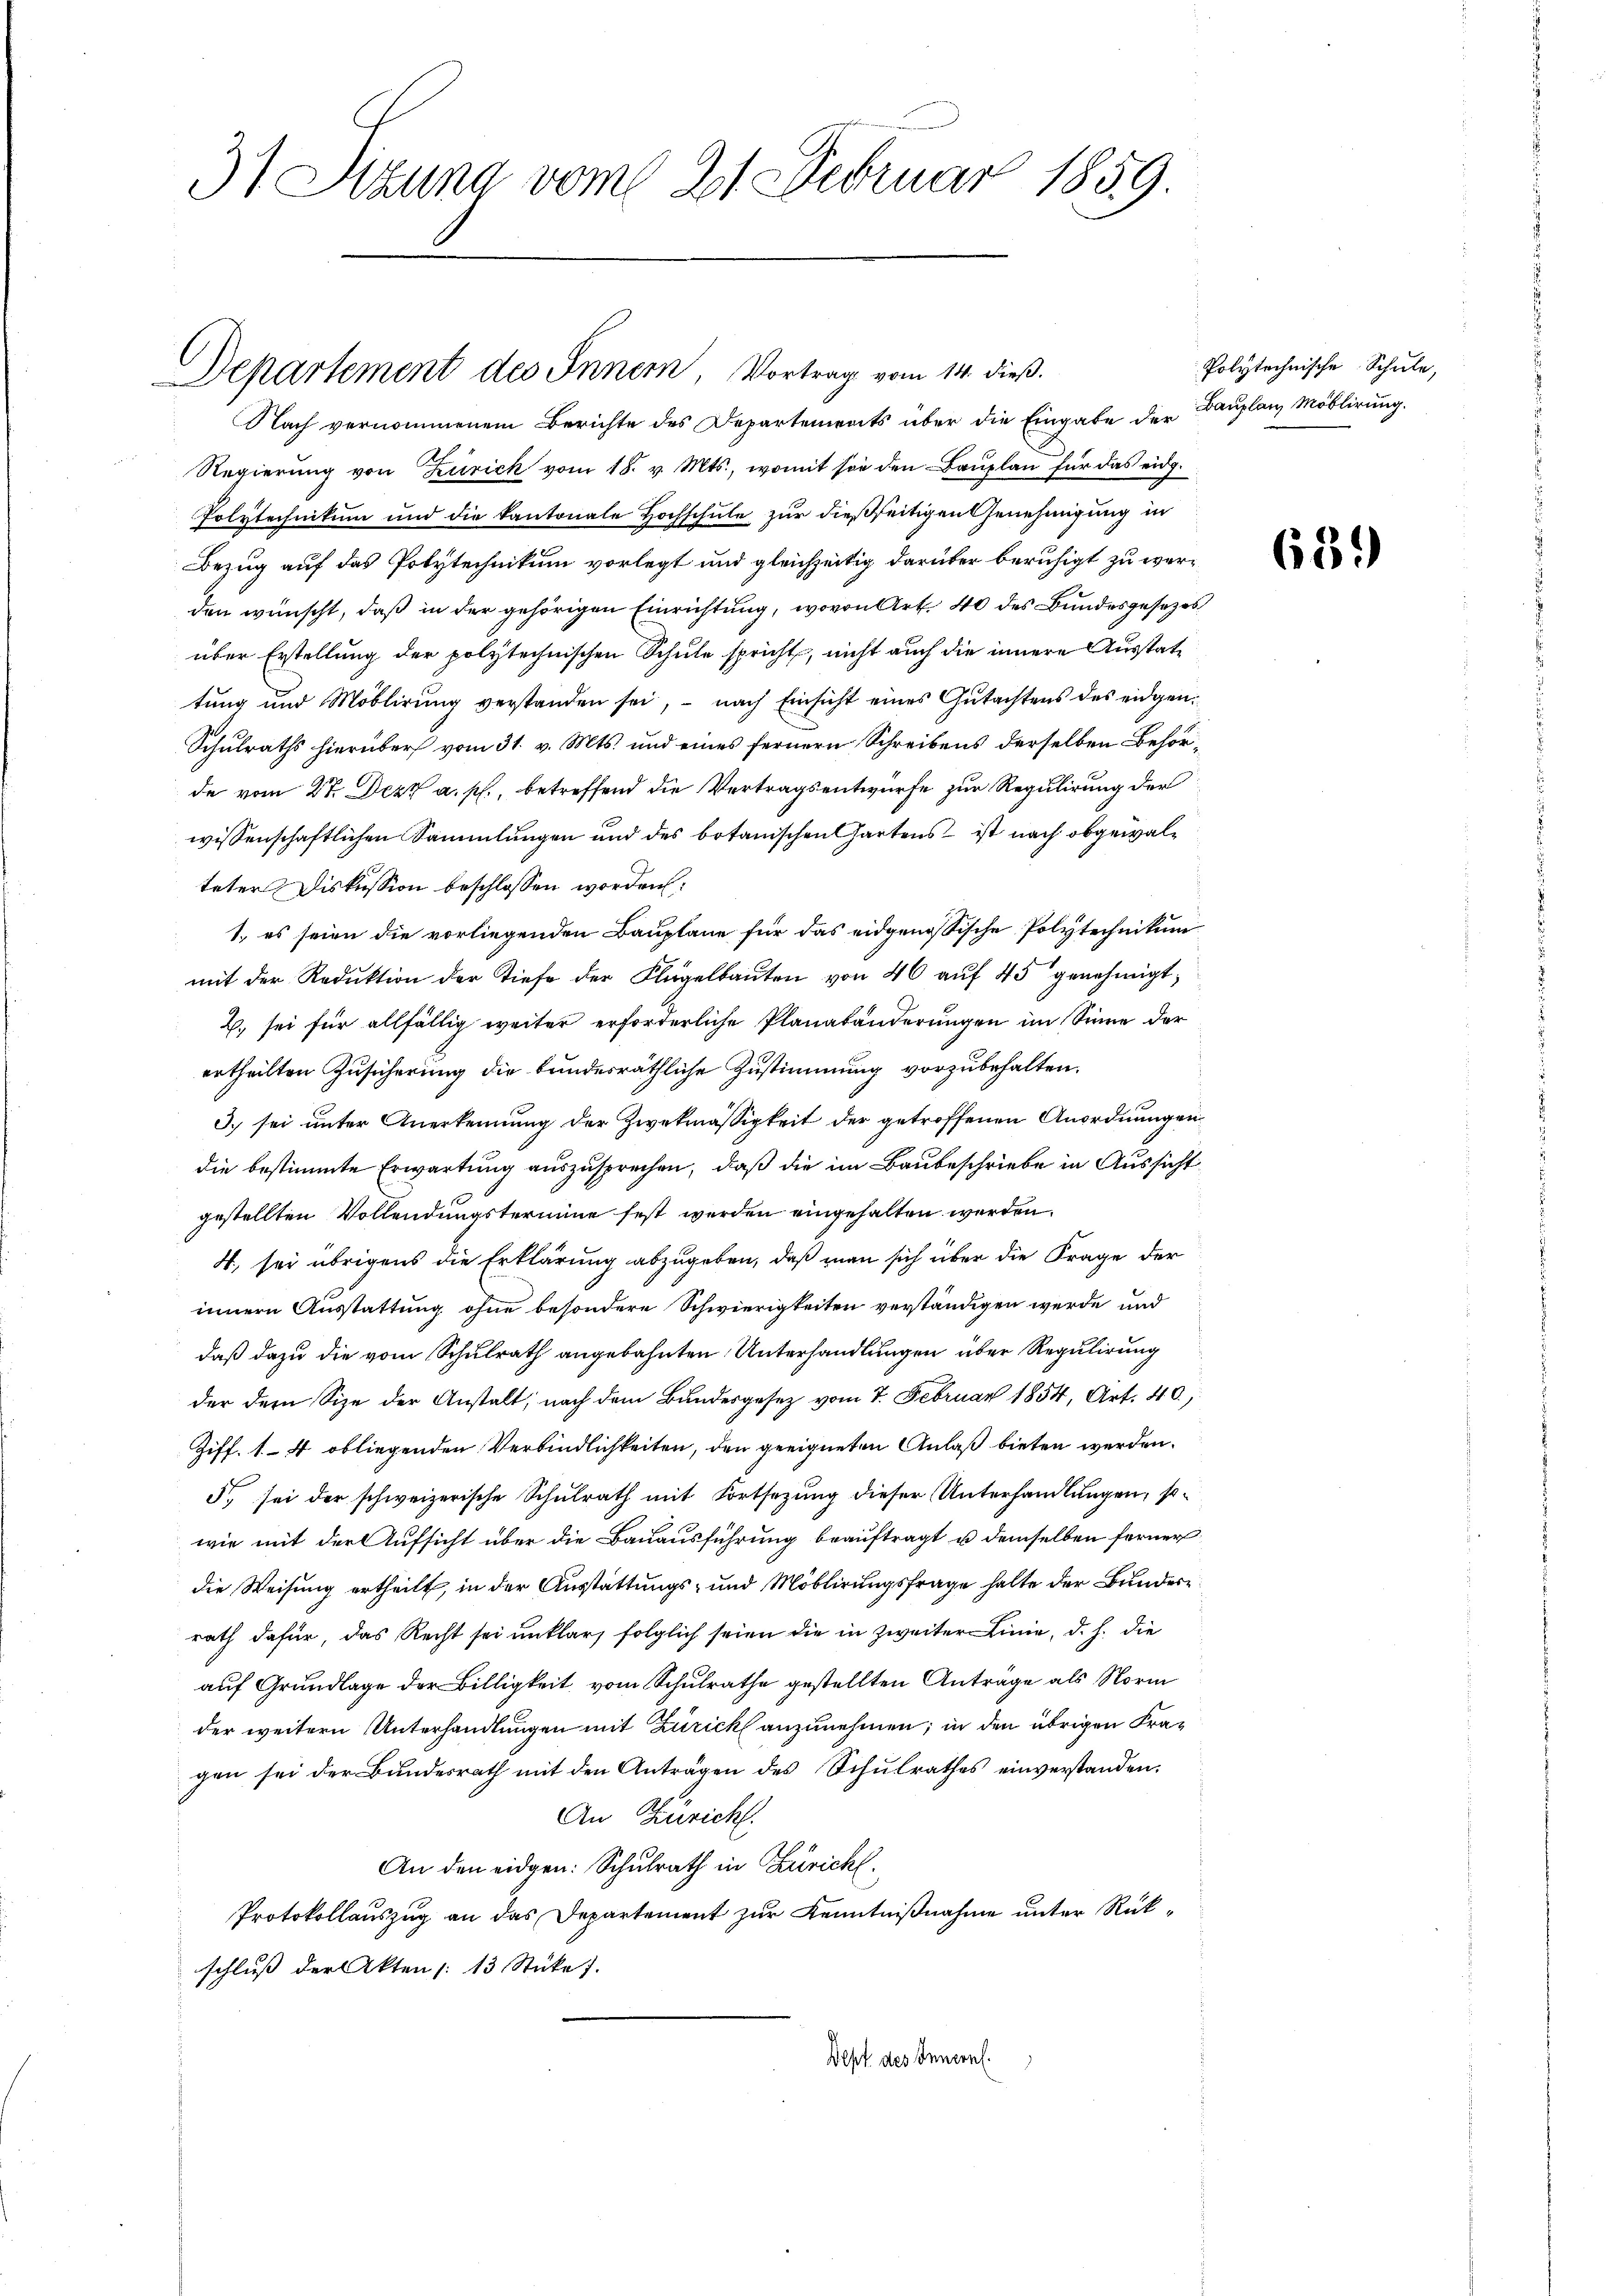
37 Sitzung vom 21. Februar 1859.

Nach vernommenem Berichte des Departements über die Eingabe der Bauplan Möblirung.
Regierung von Zürich vom 18. v. Mts., womit sie den Bauplan für das eidg.
Polytechnikum und die kantonale Hochschule zur dießseitigen Genehmigung in
Bezug auf das Polytechnikum vorlegt und gleichzeitig darüber beruhigt zu werden wünscht, daß in der gehörigen Einrichtung, wovon Art. 40 des Bundesgesezes
über Erstellung der polytechnischen Schule spricht, nicht auch die innere Ausstattung und Moblirung verstanden sei, - nach Einsicht eines Gutachtens des eidgen.
Schulraths hierüber vom 31. v. Mts. und eines fernern Schreibens derselben Behörde vom 27. Dez. a. p., betreffend die Vertragsentwurfe zur Regulirung der
wissenschaftlichen Sammlungen und des botanischen Gartens – ist nach obgewalteter Diskussion beschlossen worden:
1. es seien die vorliegenden Bauplane für das eidgenössische Polytechnikum
mit der Reduktion der Tiefe der Flügelbauten von 40 auf 45 genehmigt,
2. sei für allfällig weiter erforderliche Planabänderungen im Sinne der
ertheilten Zusicherung die bundesräthliche Zustimmung vorzubehalten.
3. sei unter Anerkennung der Zwekmässigkeit der getroffenen Anordnungen
die bestimmte Erwartung auszusprechen, daß die im Baubeschriebe in Aussicht
gestellten Vollendungstermine fest werden eingehalten werden.
4., sei übrigens die Erklärung abzugeben, daß man sich über die Frage der
innern Ausstattung ohne besondere Schwierigkeiten verständigen werde und
daß dazu die vom Schulrath angebahnten Unterhandlungen über Regulirung
der dem Size der Anstalt; nach dem Bundesgesetz vom 7. Februar 1854, Art. 40,
Ziff. 1–4 obliegenden Verbindlichkeiten, den geeigneten Anlaß bieten werden.
5. sei der schweizerische Schulrath mit Fortsetzung dieser Unterhandlungen, sowie mit der Aufsicht über die Bauausführung beauftragt u demselben ferner
die Weisung ertheilt, in der Ausstattungs- und Möblirungsfrage halte der Bundesrath dafür, das Recht sei unklar, folglich seien die in zweiter Linie, d. h. die
auf Grundlage der Billigkeit vom Schulrathe gestellten Anträge als Norm
der weitern Unterhandlungen mit Zürich anzunehmen; in den übrigen Fragen sei der Bundesrath mit den Anträgen des Schulrathes einverstanden.
An Zuricht.
An den eidgen: Schulrath in Züricht,
Protokollauszug an das Departement zur Kenntnißnahme unter Rükschluß der Akten /: 13 Stückes.
Dept des Innern.

Departement des Innern, Vortrag vom 14. dieß.

Polytechnische Schule,

639)